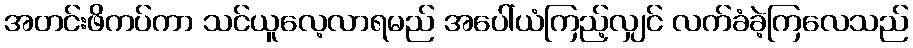
အတင်းဖိကပ်ကာ သင်ယူလေ့လာရမည် အပေါ်ယံကြည့်လျှင် လက်ခံခဲ့ကြလေသည်